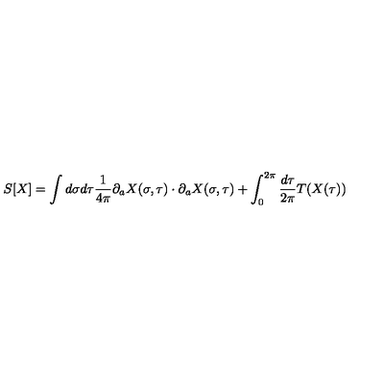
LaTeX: S [ X ] = \int d \sigma d \tau \frac { 1 } { 4 \pi } \partial _ { a } X ( \sigma , \tau ) \cdot \partial _ { a } X ( \sigma , \tau ) + \int _ { 0 } ^ { 2 \pi } \frac { d \tau } { 2 \pi } T ( X ( \tau ) )